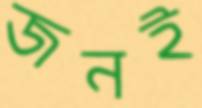
জনই